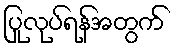
ပြုလုပ်ရန်အတွက်